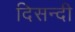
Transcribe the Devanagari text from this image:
दिसन्दी